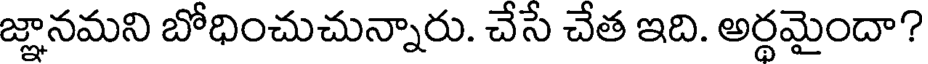
జ్ఞానమని బోధించుచున్నారు. చేసే చేత ఇది. అర్థమైందా?